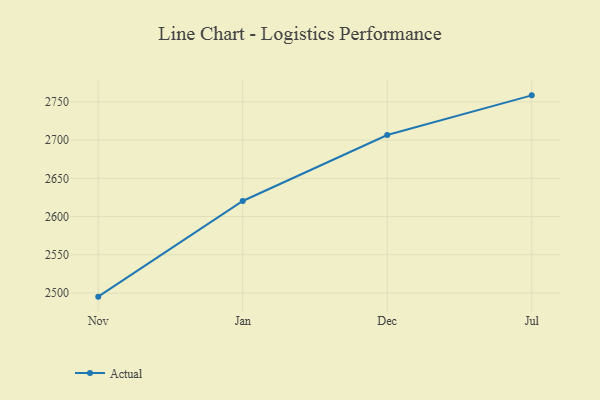
{"axis": {"x": "Month", "y": "Humidity (%)"}, "legend": ["Actual"], "data": [{"x": "Nov", "y": 2495.3, "type": "Actual"}, {"x": "Jan", "y": 2620.4, "type": "Actual"}, {"x": "Dec", "y": 2706.7, "type": "Actual"}, {"x": "Jul", "y": 2758.5, "type": "Actual"}]}